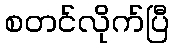
စတင်လိုက်ပြီ